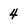
Character: 4